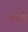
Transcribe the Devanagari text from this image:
चरंती